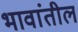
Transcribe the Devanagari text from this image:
भावांतील